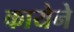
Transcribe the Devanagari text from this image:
कायेने